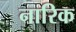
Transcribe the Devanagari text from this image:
नारिक